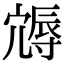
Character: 䢇